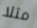
مثلا